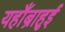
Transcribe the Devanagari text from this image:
यहाँब्राहुई